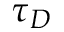
\tau _ { D }